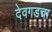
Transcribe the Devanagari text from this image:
देवगडचा